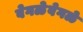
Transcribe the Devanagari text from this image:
वेगळेवेगळे